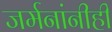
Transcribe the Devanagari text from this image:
जर्मनांनीही